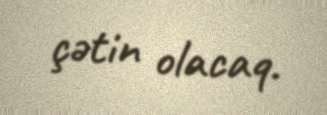
çətin olacaq.